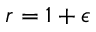
r = 1 + \epsilon